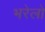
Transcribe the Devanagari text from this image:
भरेलो